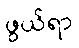
ဖွယ်ရာ